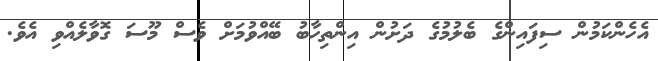
އެހެންކަމުން ސިފައިންގެ ބެލުމުގެ ދަށުން އިންތިހާބު ބޭއްވުމަށް ވެސް މޫސަ ގޮވާލެއްވި އެވެ.